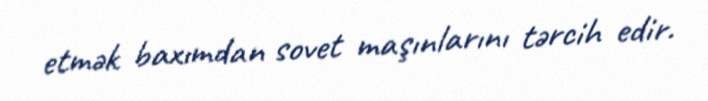
etmək baxımdan sovet maşınlarını tərcih edir.